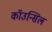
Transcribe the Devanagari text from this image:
कॉउन्सिल